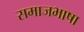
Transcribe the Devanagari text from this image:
समाजभाषा